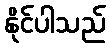
နိုင်ပါသည်